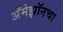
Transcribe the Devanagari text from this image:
अॅमेझॉनचा